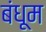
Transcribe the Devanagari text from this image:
बंधूम